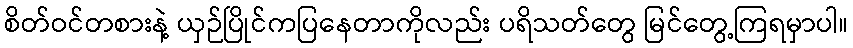
စိတ်ဝင်တစားနဲ့ ယှဉ်ပြိုင်ကပြနေတာကိုလည်း ပရိသတ်တွေ မြင်တွေ့ကြရမှာပါ။